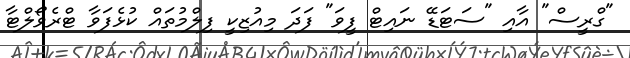
"ގްރީސް" އާއި "ސަޓަޑޭ ނައިޓް ފީވަ" ފަދަ މިއުޒިކީ ފިލްމުތައް ކުޅެފަވާ ޓްރެވޯލްޓާ